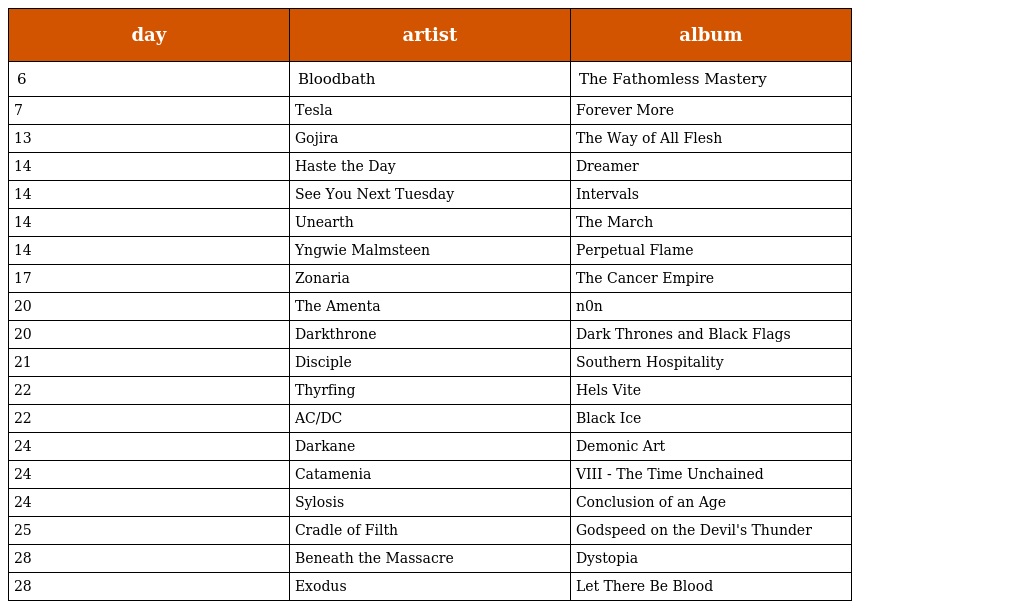
| day | artist | album |
 | --- | --- | --- |
 | 6 | Bloodbath | The Fathomless Mastery |
 | 7 | Tesla | Forever More |
 | 13 | Gojira | The Way of All Flesh |
 | 14 | Haste the Day | Dreamer |
 | 14 | See You Next Tuesday | Intervals |
 | 14 | Unearth | The March |
 | 14 | Yngwie Malmsteen | Perpetual Flame |
 | 17 | Zonaria | The Cancer Empire |
 | 20 | The Amenta | n0n |
 | 20 | Darkthrone | Dark Thrones and Black Flags |
 | 21 | Disciple | Southern Hospitality |
 | 22 | Thyrfing | Hels Vite |
 | 22 | AC/DC | Black Ice |
 | 24 | Darkane | Demonic Art |
 | 24 | Catamenia | VIII - The Time Unchained |
 | 24 | Sylosis | Conclusion of an Age |
 | 25 | Cradle of Filth | Godspeed on the Devil's Thunder |
 | 28 | Beneath the Massacre | Dystopia |
 | 28 | Exodus | Let There Be Blood |